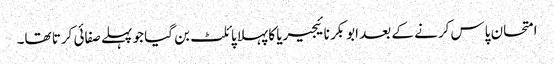
امتحان پاس کرنے کے بعد ابوبکر نائیجیریا کا پہلا پائلٹ بن گیا جو پہلے صفائی کرتا تھا۔